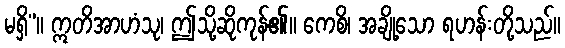
မရှိ”။ ဣတိအာဟံသု၊ ဤသို့ဆိုကုန်၏။ ကေစိ၊ အချို့သော ရဟန်းတို့သည်။